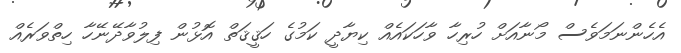
އެހެންނަމަވެސް މޯނާއަށް ހުރިހާ ވާހަކައެއް ކިޔާދީ ކަމުގެ ހަޤީޤަތް އޮޅުން ފިލުވާދޭނޭހާ ހިތްވަރެއް